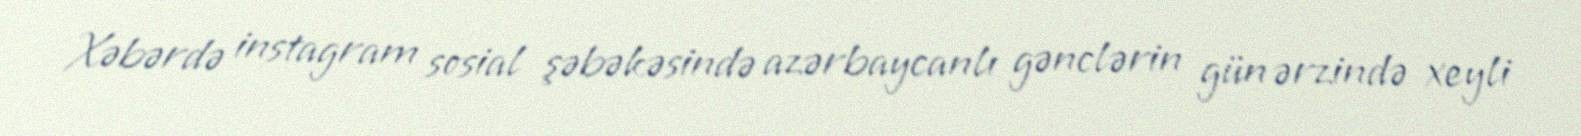
Xəbərdə instagram sosial şəbəkəsində azərbaycanlı gənclərin gün ərzində xeyli